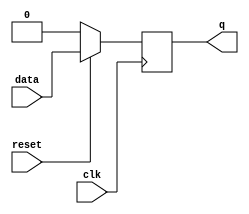
module d_ff(data,clk,reset,q);
input data,clk,reset;
output q;
reg q;
//initial q=0,reset=1;
always @ (posedge clk)
if (~reset) 
	begin
		q=1'b0;
	end
else 
	begin
		q<=data;
	end
endmodule